Plague in India, 1896, 1897 - Volume 3
Year: 1896
Disease focus: Plague
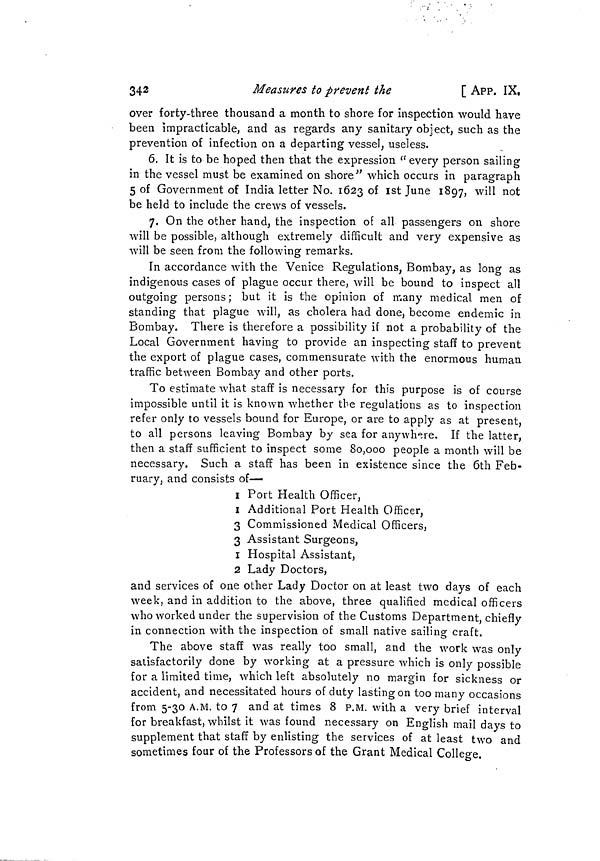
342
Measures to prevent the
[ APP. IX,
over forty-three thousand a month to shore for inspection would have
been impracticable, and as regards any sanitary object, such as the
prevention of infection on a departing vessel, useless.
6, It is to be hoped then that the expression " every person sailing
in the vessel must be examined on shore" which occurs in paragraph
5 of Government of India letter No. 1623 of 1st June 1897, will not
be held to include the crews of vessels.
7. On the other hand, the inspection of all passengers on shore
will be possible, although extremely difficult and very expensive as
will be seen from the following remarks.
In accordance with the Venice Regulations, Bombay, as long as
indigenous cases of plague occur there, will be bound to inspect all
outgoing persons ; but it is the opinion of many medical men of
standing that plague will, as cholera had done, become endemic in
Bombay. There is therefore a possibility if not a probability of the
Local Government having to provide an inspecting staff to prevent
the export of plague cases, commensurate with the enormous human
traffic between Bombay and other ports.
To estimate what staff is necessary for this purpose is of course
impossible until it is known whether the regulations as to inspection
refer only to vessels bound for Europe, or are to apply as at present,
to all persons leaving Bombay by sea for anywhere. If the latter,
then a staff sufficient to inspect some 80,000 people a month will be
necessary. Such a staff has been in existence since the 6th Feb-
ruary, and consists of—
1 Port Health Officer,
I Additional Port Health Officer,
3 Commissioned Medical Officers,
3 Assistant Surgeons,
1 Hospital Assistant,
2 Lady Doctors,
and services of one other Lady Doctor on at least two days of each
week, and in addition to the above, three qualified medical officers
who worked under the supervision of the Customs Department, chiefly
in connection with the inspection of small native sailing craft.
The above staff was really too small, and the work was only
satisfactorily done by working at a pressure which is only possible
for a limited time, which left absolutely no margin for sickness or
accident, and necessitated hours of duty lasting on too many occasions
from 5-30 A.M. to 7 and at times 8 P.M. with a very brief interval
for breakfast, whilst it was found necessary on English mail days to
supplement that staff by enlisting the services of at least two and
sometimes four of the Professors of the Grant Medical College.